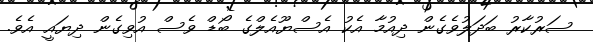
ސަރުކާރު ބަދަލުވެގެން ދިއުމާ އެކު އެސްޔޫއެލްގެ ބޯޑް ވެސް އުވިގެން ދިޔައީ އެވެ.